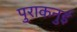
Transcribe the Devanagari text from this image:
पुराकनुई